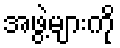
အဖွဲ့များကို